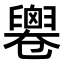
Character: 𠨧